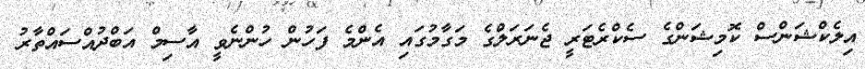
އިލެކްޝަންސް ކޮމިޝަންގެ ސެކްރެޓަރީ ޖެނަރަލްގެ މަގާމުގައި އެންމެ ފަހުން ހުންނެވީ އާސިމް އަބްދުއްސައްތާރު